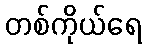
တစ်ကိုယ်ရေ